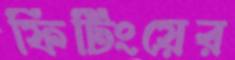
ফিটিংয়ের